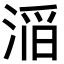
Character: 㴞